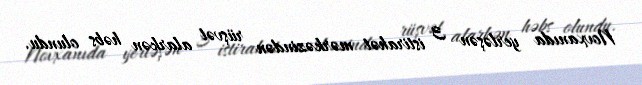
Novxanıda yerləşən 3 istirahət mərkəzindən rüşvət alarkən həbs olundu.